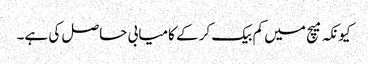
کیونکہ میچ میں کم بیک کر کے کامیابی حاصل کی ہے۔